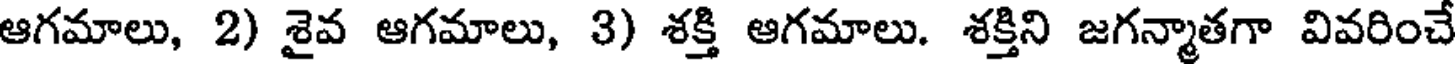
ఆగమాలు, 2) శైవ ఆగమాలు, 3) శక్తి ఆగమాలు. శక్తిని జగన్మాతగా వివరించే